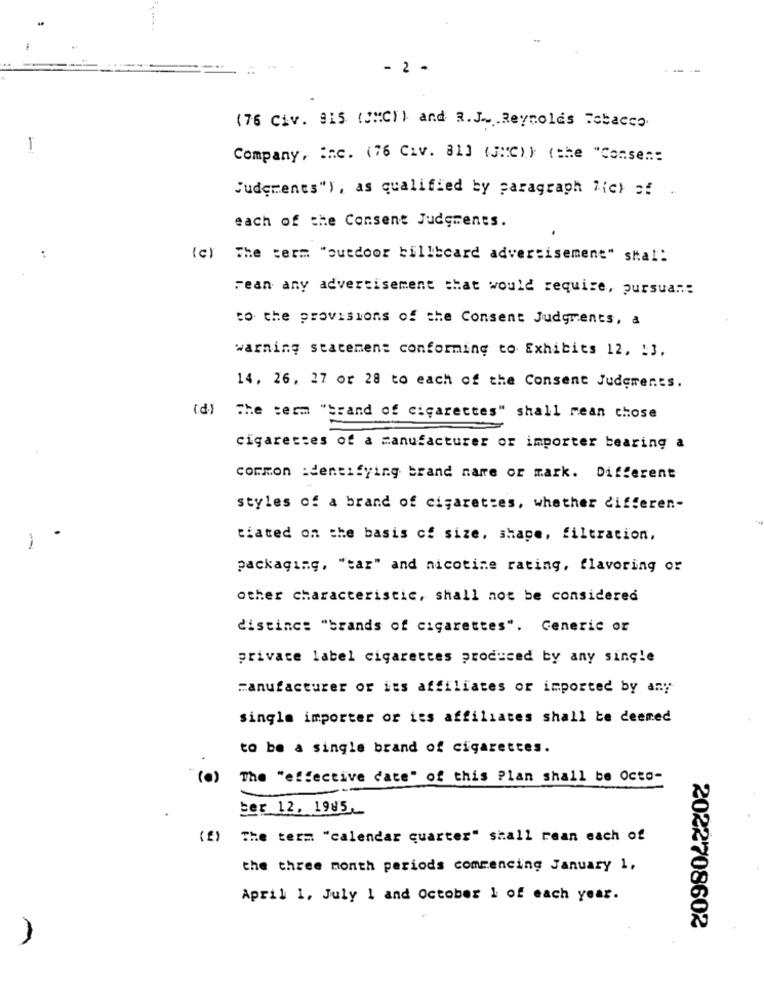
- 2 -
(76 Civ. 915 (JMC), and a.J. Reynolds Tobacco
Company, Inc. (76 Civ. 81) (3:C) (the "Consen:
Judgments"), as qualified by paragraph Tic) of
each of the Consent Judgments.
(c) The term "outdoor billboard advertisement" shal:
Fean any advertisement that would require, pursua ..:
to the provisions of the Consent Judgments, a
warning statement conforming to Exhibits 12, : 3.
14, 26, 27 or 28 to each of the Consent Judgments.
(d) The term
"brand of cigarettes" shall rean chose
cigarettes of a manufacturer or importer bearing a
common :dentifying brand name or mark. Different
styles of a brand of cigarettes, whether differen-
tiated on the basis of size, shape, filtration,
-
packaging, "tar" and nicotine rating, flavoring or
other characteristic, shall not be considered
distinct "brands of cigarettes". Generic or
private label cigarettes produced by any single
manufacturer or its affiliates or imported by any
single importer or its affiliates shall be deemed
to be a single brand of cigarettes.
(0)
The "effective date" of this Plan shall be Octo-
ber 12, 1985.
(f) The term "calendar quarter" shall rean each of
the three month periods commencing January 1,
April 1, July 1 and October 1 of each year.
2022708602